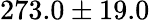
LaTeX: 273.0\pm 19.0